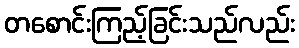
တစောင်းကြည့်ခြင်းသည်လည်း